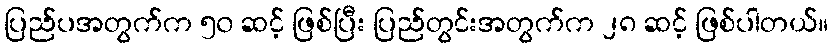
ပြည်ပအတွက်က ၅၀ ဆင့် ဖြစ်ပြီး ပြည်တွင်းအတွက်က ၂၈ ဆင့် ဖြစ်ပါတယ်။